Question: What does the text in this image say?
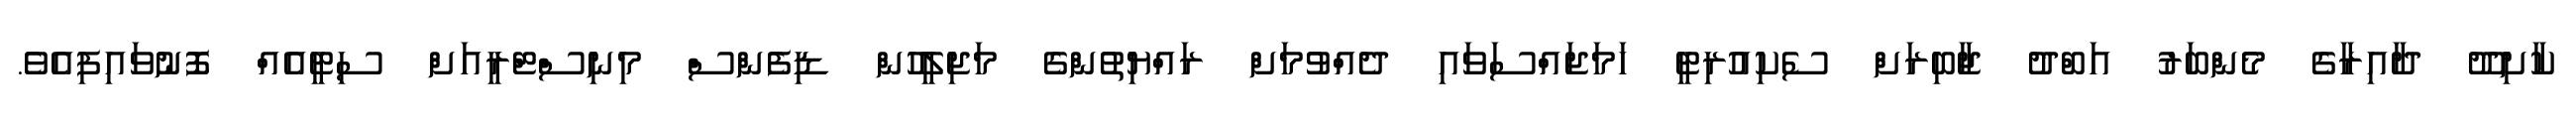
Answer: ކާށިދޫ ދާއިރާގެ މެންބަރު އަބްދު ޖާބިރަށް ސެކިއުރިޓީ ހަމަޖައްސަވައި ދެއްވުމަށް ރައްޔިތުންގެ މަޖިލީހުން ޑިފެންސް މިނިސްޓްރީއަށް ސިޓީއެއް ފޮނުވައިފިއެވެ.